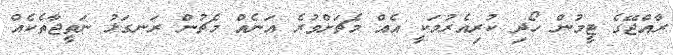
ރާއްޖޭގެ ޓީމުން ހޯދި ކުރިއެރުމަކީ އެއް މެޗަށްވުރެ އަނެއް މެޗުން ރަނގަޅު ނަތީޖާތެކެއް